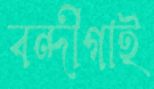
বন্দীগাই